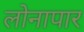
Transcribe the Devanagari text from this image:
लोनापार